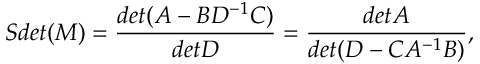
S d e t ( M ) = { \frac { d e t ( A - B D ^ { - 1 } C ) } { d e t D } } = { \frac { d e t A } { d e t ( D - C A ^ { - 1 } B ) } } ,